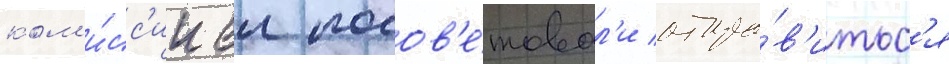
ком'и́сс'ии еи посов'е́товал'и отпра́в'итьс'я